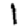
Digit: 1